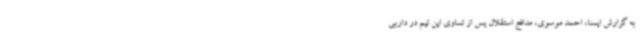
به گزارش ایسنا، احمد موسوی، مدافع استقلال پس از تساوی این تیم در داربی